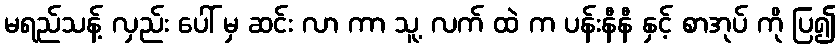
မရည်သန့် လှည်း ပေါ် မှ ဆင်း လာ ကာ သူ့ လက် ထဲ က ပန်းနီနီ နှင့် စာအုပ် ကို ပြ၍